Medical and sanitary report of the native army of Bengal for the year
Year: 1876
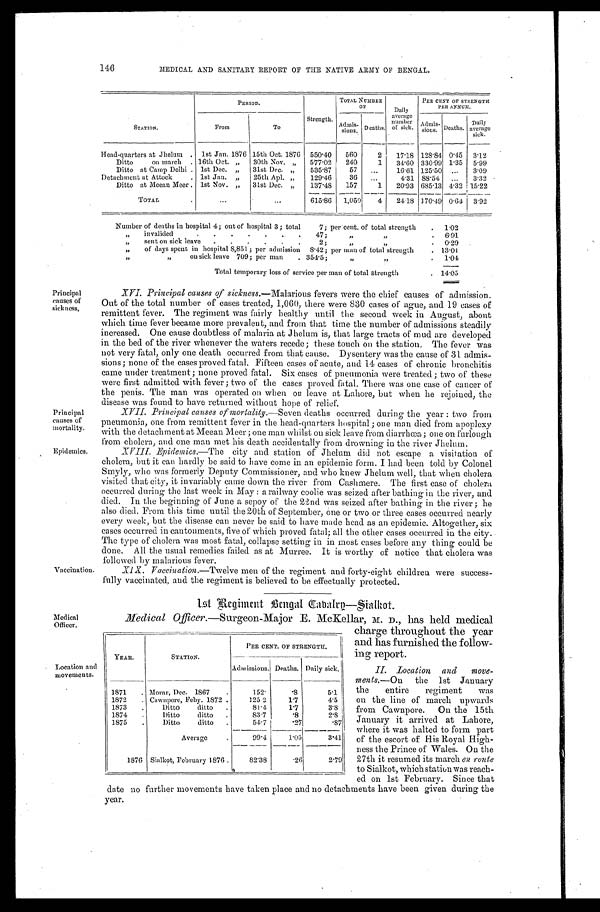
Principal
causes of
mortality.
Epidemics.
Medical
Officer.
146
MEDICAL AND SANITARY REPORT OF THE NATIVE ARMY OF BENGAL.
STATION.
PERIOD.
Strength.
TOTAL NUMBER
OF
Daily
average
number
of sick.
PER CENT OF STRENGTH
P E R A N N U M .
From
To
Admis-
s i o n s .
Deaths.
Admis-
s i o n S . Deaths. Daily
average
sick.
Head-quarters at Jhelum
1st Jan. 1876 15th Oct. 1876 550.40 560
2 17.18 128.84 0.45 3.12
Ditto on march
16th Oct. „ 30th Nov. „ 577.02 240
1 34.60 330.99 1.35 5.99
Ditto at Camp Delhi 1st Dec. „ 31st Dec. „ 535.87
57
16.61 125.50
3.09
Detachment at Attock
1st Jan. „ 25th Apl. „ 129.46
36
4.31 88.54
3.32
Ditto at Meean Meer 1st Nov. „ 31st Dec. „ 137.48 157
1 20.93 685.13 4.32 15.22
TOTAL
615.86 1,050 4 24.18 170.49 0.64 3.92
Number of deaths in hospital 4; out of hospital 3; total
7; percent. of total strength
1.02
„ invalided
47; „ „ 6.91
„ sent on sick leave
2; „ „ 0.29
„ of days spent in hospital 8,851; per admission 8.42; per man of total strength 13.01
„ „ on sick leave 709; per man
354.5; „ „ 1.04
Total temporary loss of service per man of total strength
14.05
Principal
causes of
sickness,
Vaccination.
XVI. Principal causes of sickness. —Malarious fevers were the chief causes of admission.
Out of the total number of cases treated, 1,060, there were 830 cases of ague, and 19 cases of
remittent fever. The regiment was fairly healthy until the second week in August, about
which time fever became more prevalent, and from that time the number of admissions steadily
increased. One cause doubtless of malaria at Jhelum is, that large tracts of mud are developed
in the bed of the river whenever the waters recede; these touch on the station, The fever was
not very fatal, only one death occurred from that cause. Dysentery was the cause of 31 admis
- s i o n s ; n o n e o f t h e c a s e s p r o v e d f a t a l . F i f t e e n c a s e s o f a c u t e , a n d 1 4 c a s e s o f c h r o n i c b r o n c h i t i s
came under treatment; none proved fatal. Six cases of pneumonia were treated; two of these
were first admitted with fever; two of the cases proved fatal. There was one case of cancer of
the penis. The man was operated on when on leave at Lahore, but when he rejoined, the
disease was found to have returned without hope of relief.
XVII. Principal causes of mortality. —Seven deaths occurred during the year: two from
pneumonia, one from remittent fever in the head-quarters hospital; one man died from apoplexy
with the detachment at Meean Meer; one man whilst on sick leave from diarrhœa; one on furlough
from cholera, and one man met his death accidentally from drowning in the river Jhelum.
XVIII. Epidemics.—The city and station of Jhelum did not escape a visitation of
cholera, but it can hardly be said to have come in an epidemic form. I had been told by Colonel
Smyly, who was formerly Deputy Commissioner, and who knew Jhelum well, that when cholera
visited that city, it invariably came down the river from Cashmere. The first case of cholera
occurred during the last week in May: a railway coolie was seized after bathing in the river, and
died. In the beginning of June a sepoy of the 22nd was seized after bathing in the river; he
also died. From this time until the 20th of September, one or two or three cases occurred nearly
every week, but the disease can never be said to have made head as an epidemic. Altogether, six
cases occurred in cantonments, five of which proved fatal; all the other cases occurred in the city.
The type of cholera was most fatal, collapse setting in in most cases before any thing could be
done. All the usual remedies failed as at Murree. It is worthy of notice that cholera was
followed by malarious fever.
XIX. Vaccination.—Twelve men of the regiment and forty-eight children were success
-fully vaccinated, and the regiment is believed to be effectually protected.
1st Regiment Bengal Cabalry—Sialkot.
Location and
movements.
Medical Officer.—Surgeon-Major E. McKellar, M. D., has held medical
charge throughout the year
and has furnished the follow
-ing report.
II. Location and mov e-
ments. —on the 1st January
the entire regiment was
on the line of march upwards
from Cawnpore. On the 15th
January it arrived at Lahore,
where it was halted to form part
of the escort of His Royal High
-ness the Prince of Wales. On the
27th it resumed its march en route
to Sialkot, which station was reach-
ed on 1st February. Since that
date no further movements have taken place and no detachments have been given during the
year.
YEAR.
STATION.
PER CENT. OF STRENGTH
Admissions. Deaths. Daily sick.
1871
Morar, Dec. 1867
152.
.8
5.1
1872
Cawnpore, Feby. 1872
125.2
1.7
4.5
1873
Ditto ditto
81.4
1.7
3.8
1874
Ditto ditto
83.7
.8
2.8
1875
Ditto ditto
54.7
.27
.87
Average
99.4
1.05
3.41
1876 Sialkot, February 1876
82.38
.26
2.79